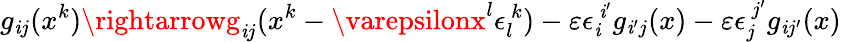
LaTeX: g_{\mathit{i}j}(x^{k})\rightarrowg_{\mathit{i}j}(x^{k}-\varepsilonx^{l}\epsilon_{l}^{~k})-\varepsilon\epsilon_{\mathit{i}}^{~\mathit{i}^{\prime}}g_{\mathit{i}^{\prime}j}(x)-\varepsilon\epsilon_{j}^{~j^{\prime}}g_{\mathit{i}j^{\prime}}(x)